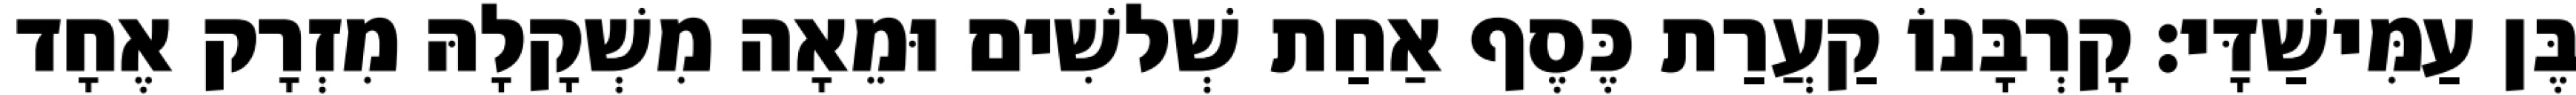
בֶּן עַמִּישַׁדָּי׃ קָרְבָּנוֹ קַעֲרַת כֶּסֶף אַחַת שְׁלשִׁים וּמֵאָה מִשְׁקָלָהּ מִזְרָק אֶחָד